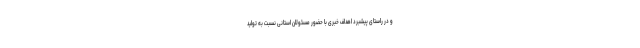
و در راستای پیشبرد اهداف خبری با حضور مسئولان استانی نسبت به تولید